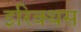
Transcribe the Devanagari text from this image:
इरिक्थस